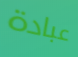
عبادة